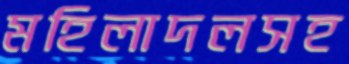
মহিলাদলসহ